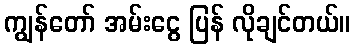
ကျွန်တော် အမ်းငွေ ပြန် လိုချင်တယ်။